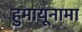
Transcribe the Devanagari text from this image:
हुमायूनामा